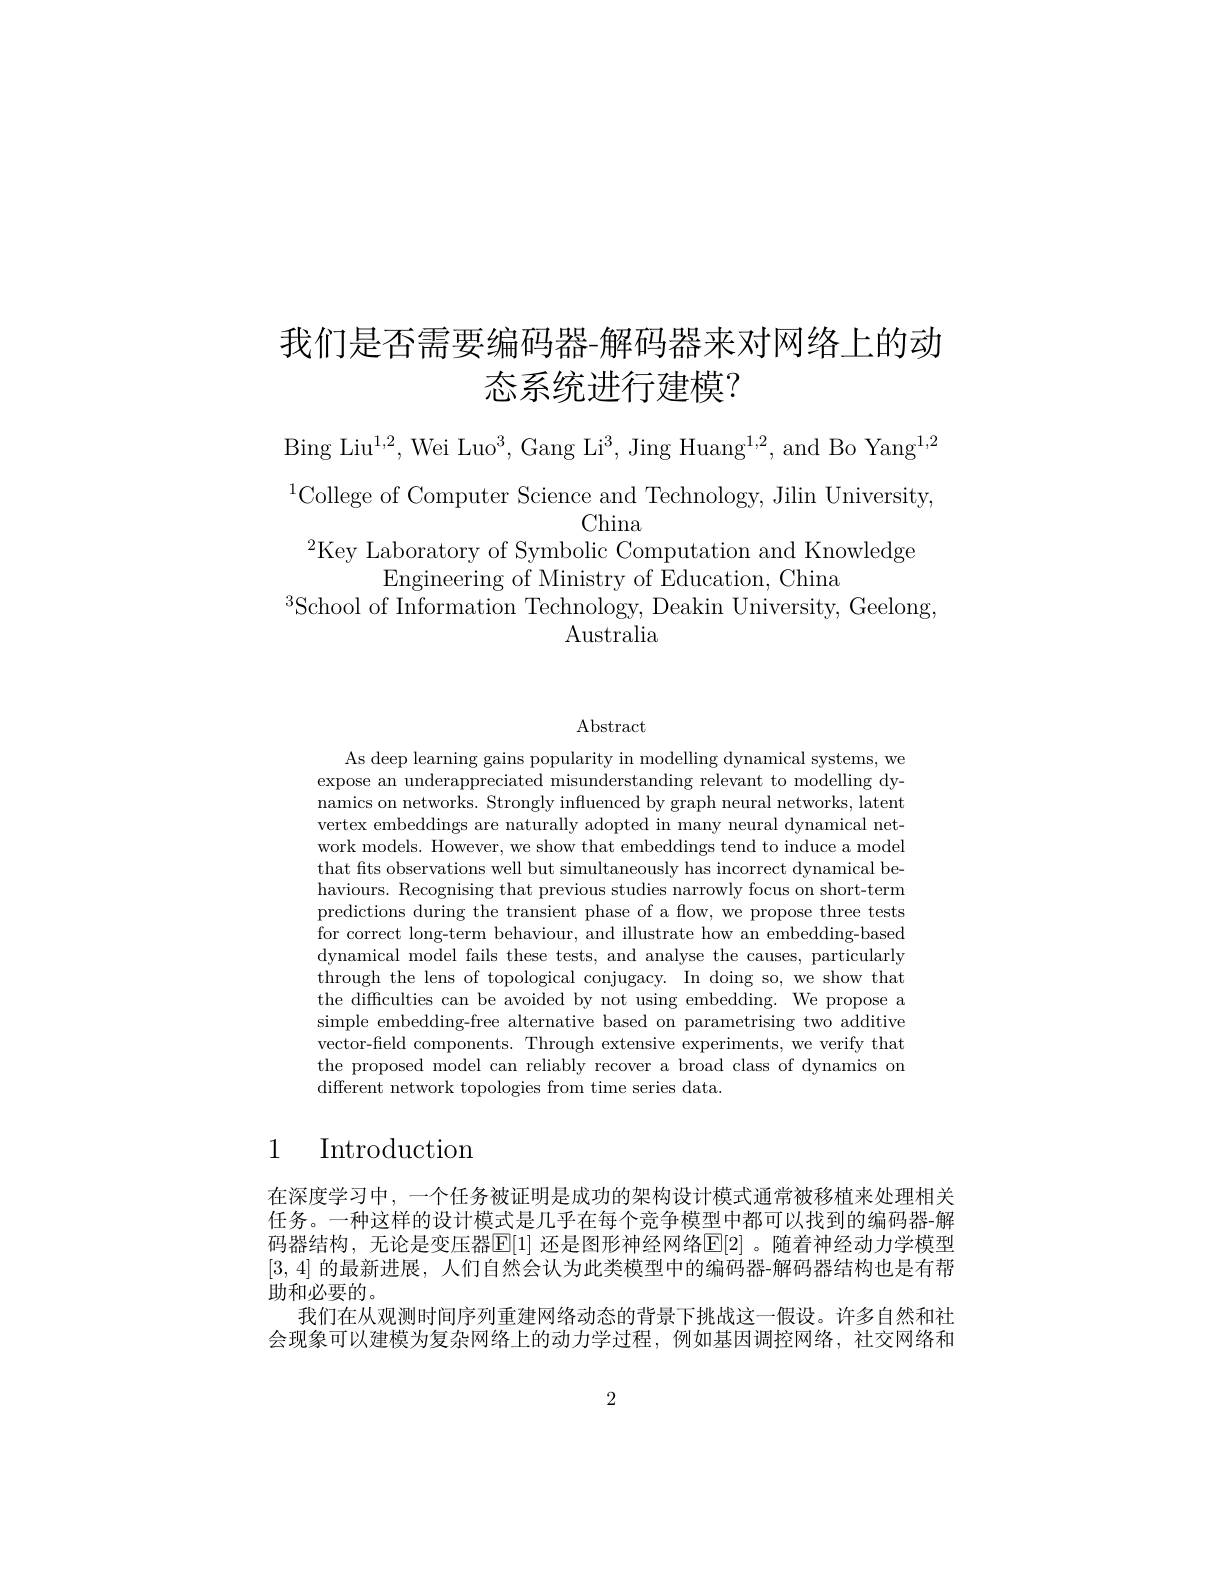
# 我们是否需要编码器-解码器来对网络上的动态系统进行建模？

Bing Liu$^1,2$, Wei Luo$^3$, Gang Li$^3$, Jing Huang$^1,2$, and Bo Yang$^1,2$ $\begin{array}{c}{^{1}\mathrm{College~of~Computer~Science~and~Technology,~Jilin~University,}}\\{\mathrm{China}}\\\end{array}$
$^{2}$Key Laboratory of Symbolic Computation and Knowledge
Engineering of Ministry of Education, China
$^{3}$School of Information Technology, Deakin University, Geelong,
Australia

Abstract

As deep learning gains popularity in modelling dynamical systems, we expose an underappreciated misunderstanding relevant to modelling dynamics on networks. Strongly influenced by graph neural networks, latent vertex embeddings are naturally adopted in many neural dynamical network models. However, we show that embeddings tend to induce a model that fits observations well but simultaneously has incorrect dynamical behaviours. Recognising that previous studies narrowly focus on short-term predictions during the transient phase of a flow, we propose three tests for correct long-term behaviour, and illustrate how an embedding-based dynamical model fails these tests, and analyse the causes, particularly through the lens of topological conjugacy. In doing so, we show that the difficulties can be avoided by not using embedding. We propose a simple embedding-free alternative based on parametrising two additive vector-field components. Through extensive experiments, we verify that the proposed model can reliably recover a broad class of dynamics on different network topologies from time series data.

# 1 Introduction

在深度学习中，一个任务被证明是成功的架构设计模式通常被移植来处理相关任务。一种这样的设计模式是几乎在每个竞争模型中都可以找到的编码器-解码器结构，无论是变压器E[1] 还是图形神经网络E[2] 。随着神经动力学模型[3,4]的最新进展，人们自然会认为此类模型中的编码器-解码器结构也是有帮助和必要的。
我们在从观测时间序列重建网络动态的背景下挑战这一假设。许多自然和社会现象可以建模为复杂网络上的动力学过程，例如基因调控网络，社交网络和

2